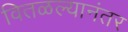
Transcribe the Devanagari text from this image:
वितळल्यानंतर